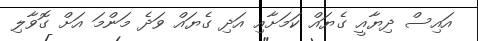
އައިސް ދިޔާއީ ގެޔައް ކަމަށާއި އަދި ގެޔައް ވަދެ މަންމަ އަށް ގޮވާލި